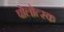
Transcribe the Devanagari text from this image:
पोलोत्स्क